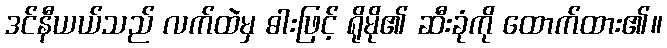
ဒင်နီယယ်သည် လက်ထဲမှ ဓါးဖြင့် ရိုမို၏ ဆီးခုံကို ထောက်ထား၏။